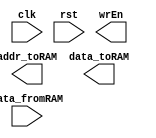

module VerySimpleCPU(clk, rst, data_fromRAM, wrEn, addr_toRAM, data_toRAM);

parameter SIZE = 14;

input clk, rst;
input wire [31:0] data_fromRAM;
output reg wrEn;
output reg [SIZE-1:0] addr_toRAM;
output reg [31:0] data_toRAM;

//////////////////////////
// write your design here

//////////////////////////

endmodule